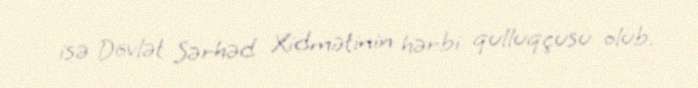
isə Dövlət Sərhəd Xidmətinin hərbi qulluqçusu olub.